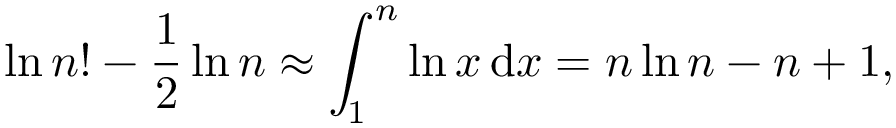
\ln n ! - { \frac { 1 } { 2 } } \ln n \approx \int _ { 1 } ^ { n } \ln x \, \mathrm { { d } } x = n \ln n - n + 1 ,